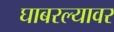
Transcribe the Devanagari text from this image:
घाबरल्यावर